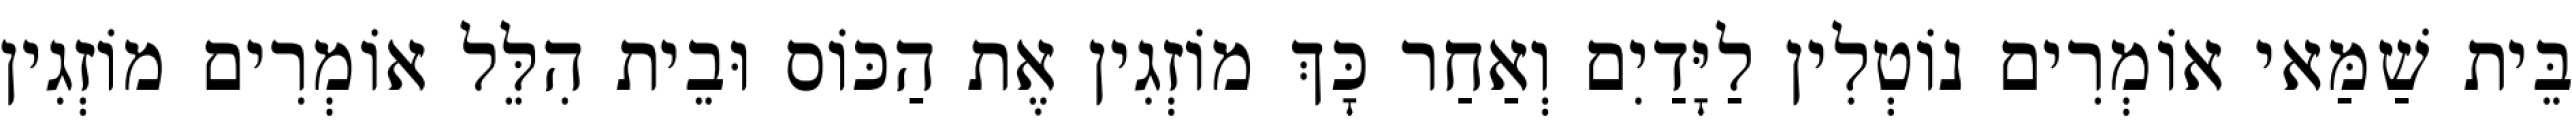
בֵּית שַׁמַּאי אוֹמְרִים נוֹטְלִין לַיָּדַיִם וְאַחַר כָּךְ מוֹזְגִין אֶת הַכּוֹס וּבֵית הִלֵּל אוֹמְרִים מוֹזְגִין